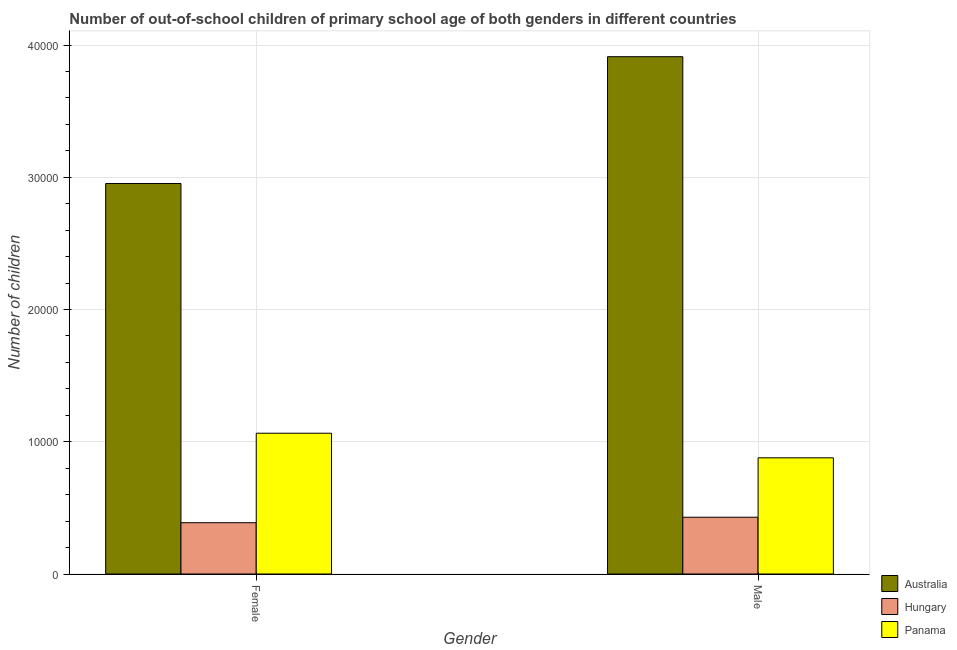
| Gender | Australia | Hungary | Panama |
 | --- | --- | --- | --- |
 | Female | 2.95e+04 | 3.88e+03 | 1.06e+04 |
 | Male | 3.91e+04 | 4.29e+03 | 8.79e+03 |